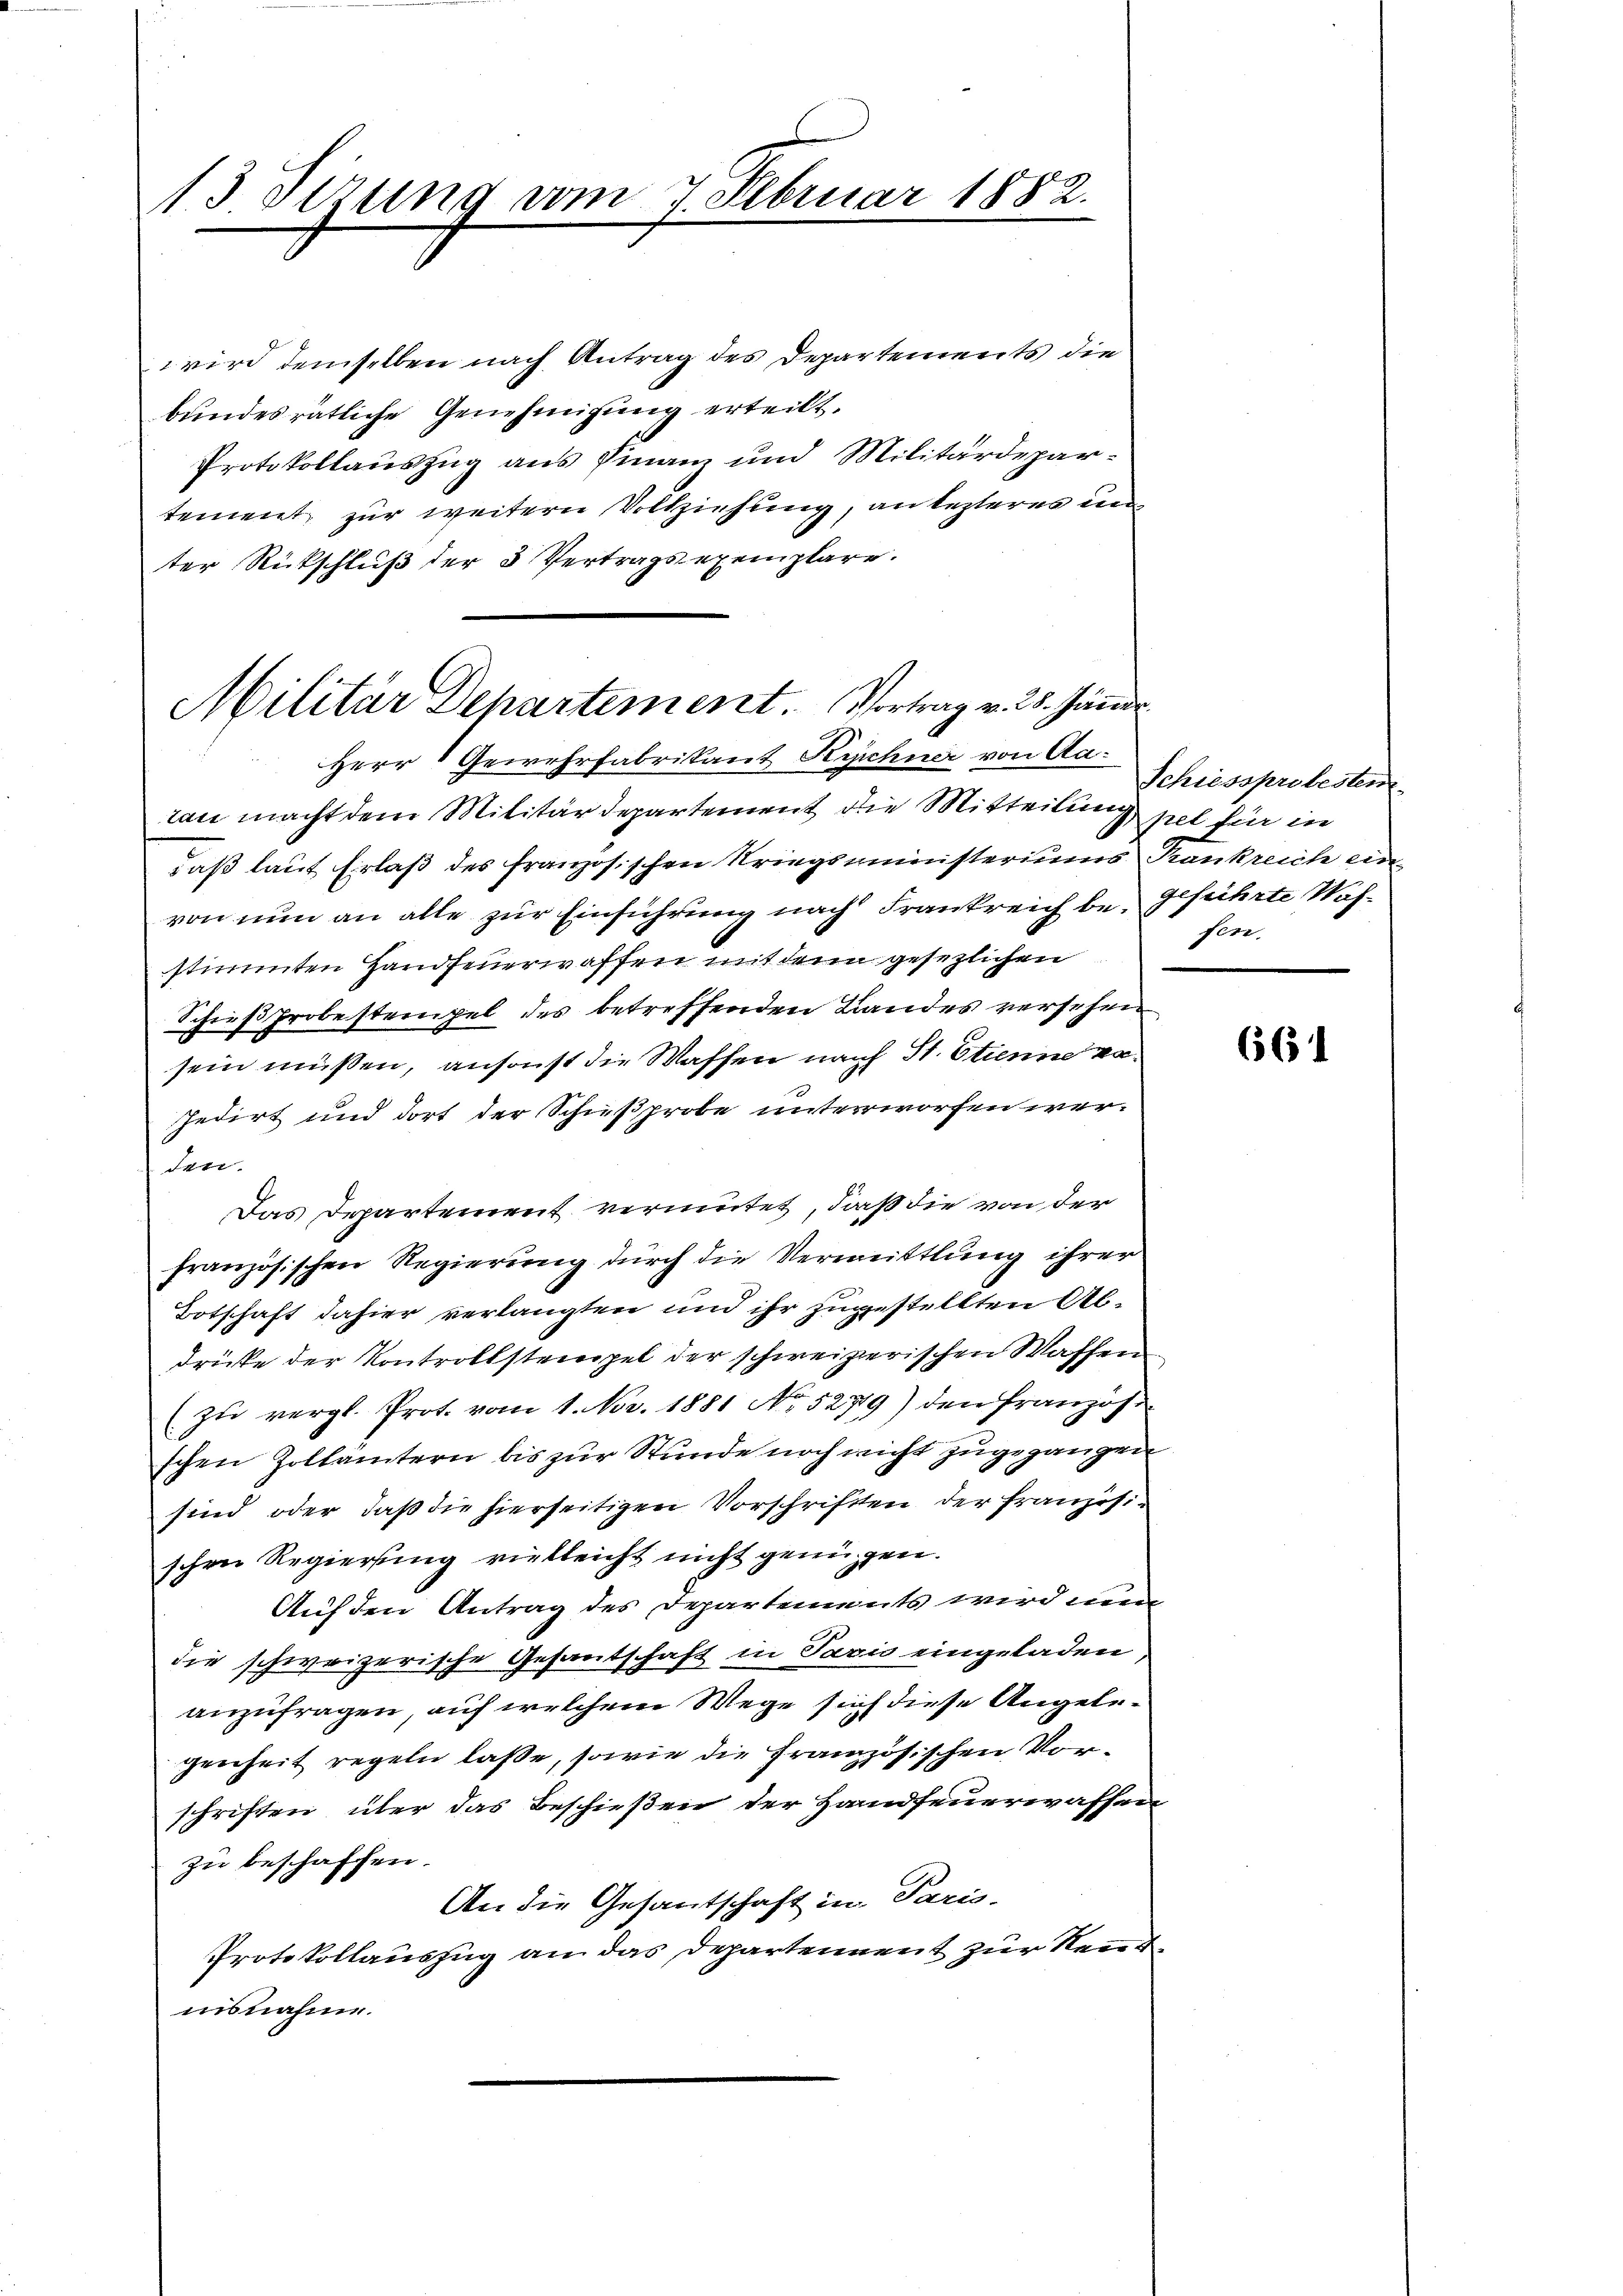
13 Tizung vom 7. Februar 1882.

wird demselben nach Antrag des Departements die
bundesrätliche Genehmigung erteilt.
Protokollauszug aus Finanz und Militärdepartement zur weitern Vollziehung, an lezteres in
ter Rückschluß der 3 Vertragsexemplare.

Militär Dehartement. Vortrag v. 28. Jänne
Herr & Gewehrfabrikant Kichner von Aa¬

ran macht dem Militärdepartement die Mitteilung pel für in
daß laut Erlaß des französischen Kriegsministeriums Krankreich ein
von nun an alle zur Einführung nach Frankreich be- Gelehrte Wasstimmten Handfeuerwaffen mit den gesezlichen
Schießprobestempel des betreffenden Landes versehen
sein müssen, ansonst die Waffen nach St. Etienne va¬
Jedirt und dort der Schießprobe unterworfen werden.
Das Departement vermutet, daß die von der
französischen Regierung durch die Vermittlung ihrer
Botschaft dahier verlangten und ihr zugestellten Abdrüke der Kontrollstempel der schweizerischen Waffen
(zu vergl. Prot. vom 1. Nov. 1881 No 5279) den Französ
schen Zollämtern bis zur Stunde noch nicht zugegangen
sind oder, daß die hierseitigen Vorschriften der französischen Regierŭng vielleicht nicht genügen.
Auf den Antrag des Departements wird wen
die schweizerische Gesantschaft in Pavis eingeladen,
anzufragen, auf welchem Wege sich diese Angelegenheit regeln laße, sowie die Französischen Vorschriften, über das Beschießen der Handfeuerwassen
zu beschaffen.
An die Gesantschaft in Paris.
Protokollauszug an das Departennent zur Rentnisnahme.

Schusspritesten
sere

661